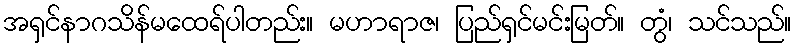
အရှင်နာဂသိန်မထေရ်ပါတည်း။ မဟာရာဇ၊ ပြည်ရှင်မင်းမြတ်။ တွံ၊ သင်သည်။